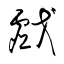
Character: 戯